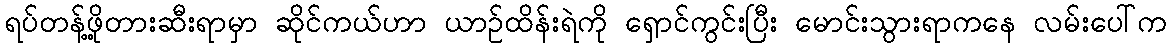
ရပ်တန့်ဖို့တားဆီးရာမှာ ဆိုင်ကယ်ဟာ ယာဉ်ထိန်းရဲကို ရှောင်ကွင်းပြီး မောင်းသွားရာကနေ လမ်းပေါ်က